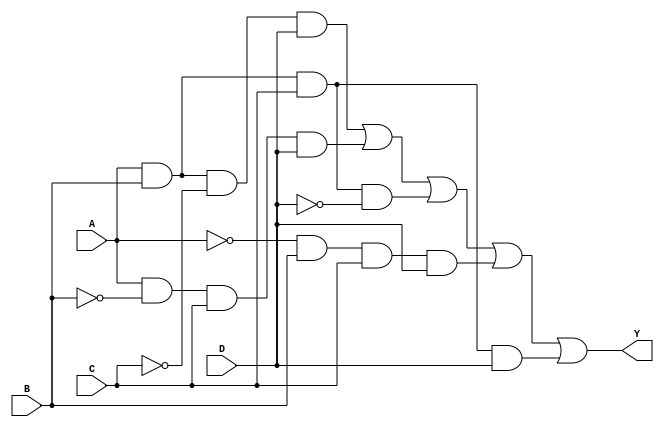
module kmap_4var (
    input wire A,      // Input variable A
    input wire B,      // Input variable B
    input wire C,      // Input variable C
    input wire D,      // Input variable D
    output wire Y      // Output of the combinational logic
);

// Simplified Boolean expression derived from K-map
// This is an example; replace it with the actual simplified expression from your K-map
assign Y = (A & B & ~C & D) |  // Minterm for ABC'D
           (A & ~B & C & D) |  // Minterm for A'BCD
           (A & B & C & ~D) |  // Minterm for ABCD'
           (~A & B & C & D) |  // Minterm for A'BCD
           (A & B & C & D);    // Minterm for ABCD

endmodule